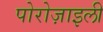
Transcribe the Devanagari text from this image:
पोरोज़ाइली